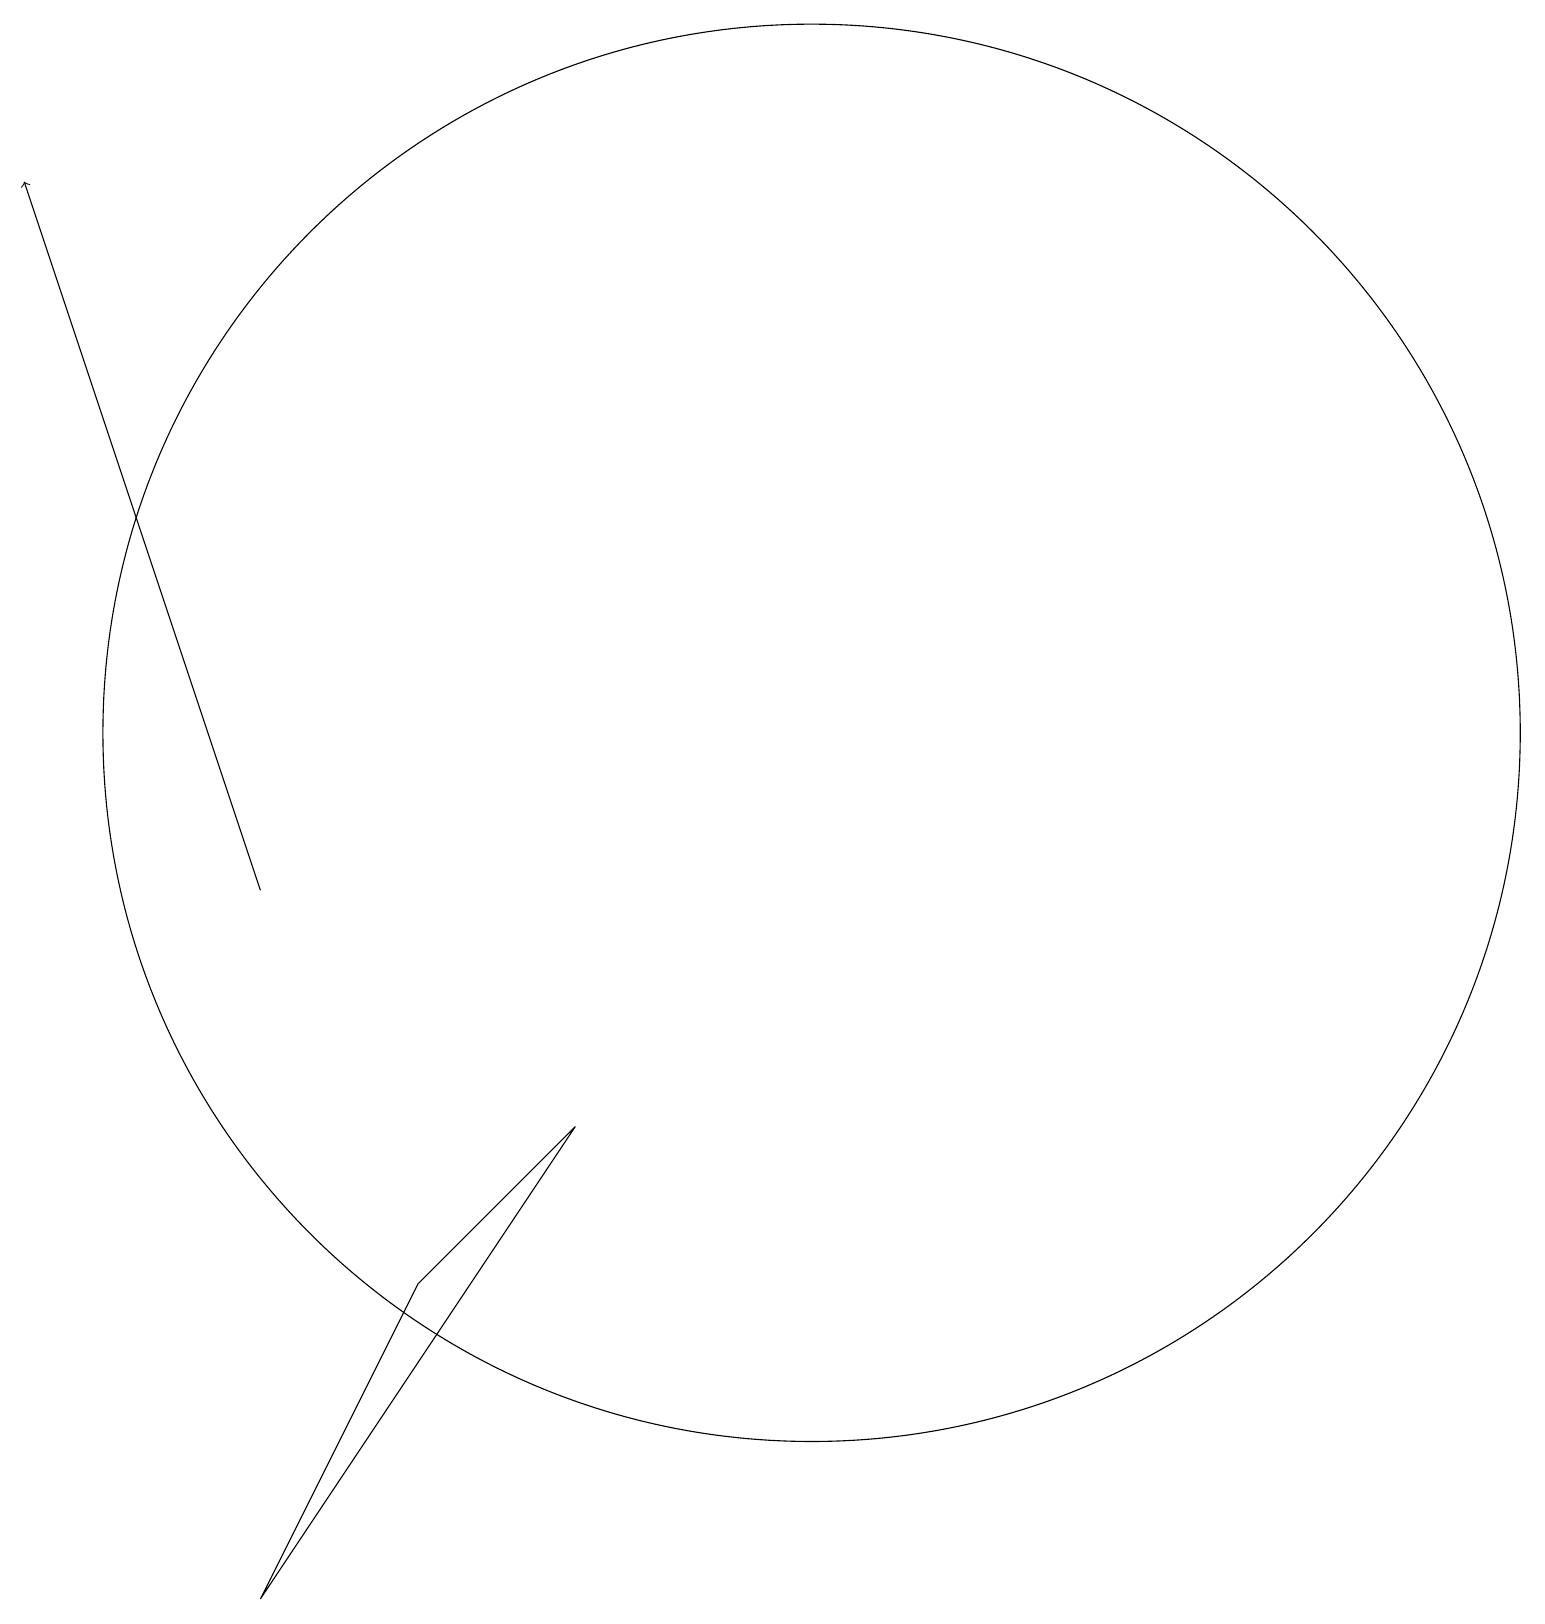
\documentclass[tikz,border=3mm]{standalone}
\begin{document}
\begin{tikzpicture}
\draw[->] (4,10) -- (1,19);
\draw (11,12) circle (9);
\draw (8,7) -- (6,5) -- (4,1) -- cycle;
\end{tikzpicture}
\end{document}